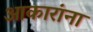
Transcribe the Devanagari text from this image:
आकारांना